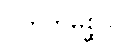
ပတိတုမိစ္ဆသိ